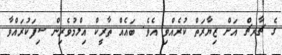
ގެ ޗާރޗް އަށް ޒިޔާރަތް ކުރެއްވި އެވެ. ބައެއް ތާރީކް އިލްމުވެރިން ސިފަކުރައްވާ